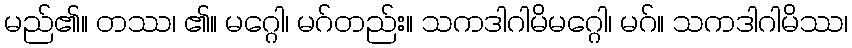
မည်၏။ တဿ၊ ၏။ မဂ္ဂေါ၊ မဂ်တည်း။ သကဒါဂါမိမဂ္ဂေါ၊ မဂ်။ သကဒါဂါမိဿ၊